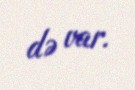
də var.